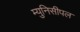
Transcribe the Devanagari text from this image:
म्युनिसीपल